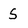
Character: S